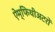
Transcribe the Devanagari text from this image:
ऐम्फिथीअटरों